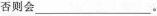
否则会___。